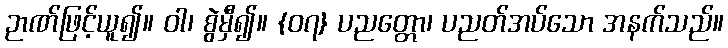
ဉာဏ်ဖြင့်ယူ၍။ ဝါ၊ စွဲမှီ၍။ {၀၇} ပညတ္တော၊ ပညတ်အပ်သော အနက်သည်။